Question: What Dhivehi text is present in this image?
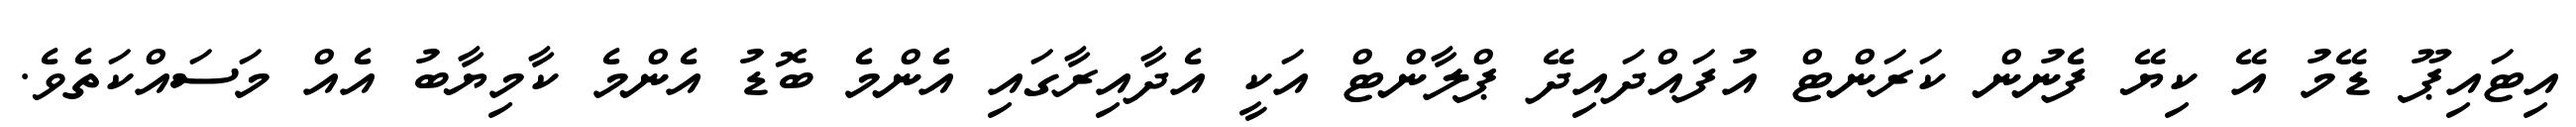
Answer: އިޓައިޕޫ ޑޭމު އޭ ކިޔޭ ފެނުން ކަރަންޓް އުފައްދައިދޭ ޕްލާންޓް އަކީ އެދާއިރާގައި އެންމެ ބޮޑު އެންމެ ކާމިޔާބު އެއް މަސައްކަތެވެ.